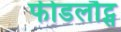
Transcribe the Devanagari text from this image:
फीडलौट्स